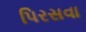
પિરસવા